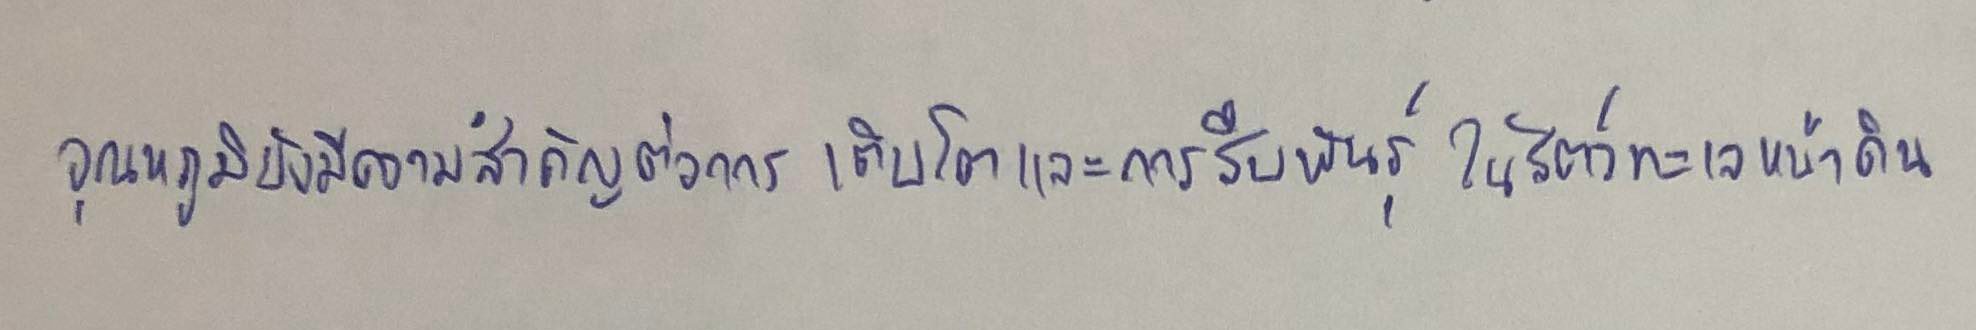
อุณหภูมิยังมีความสำคัญต่อการเติบโตและการสืบพันธุ์ในสัตว์ทะเลหน้าดิน